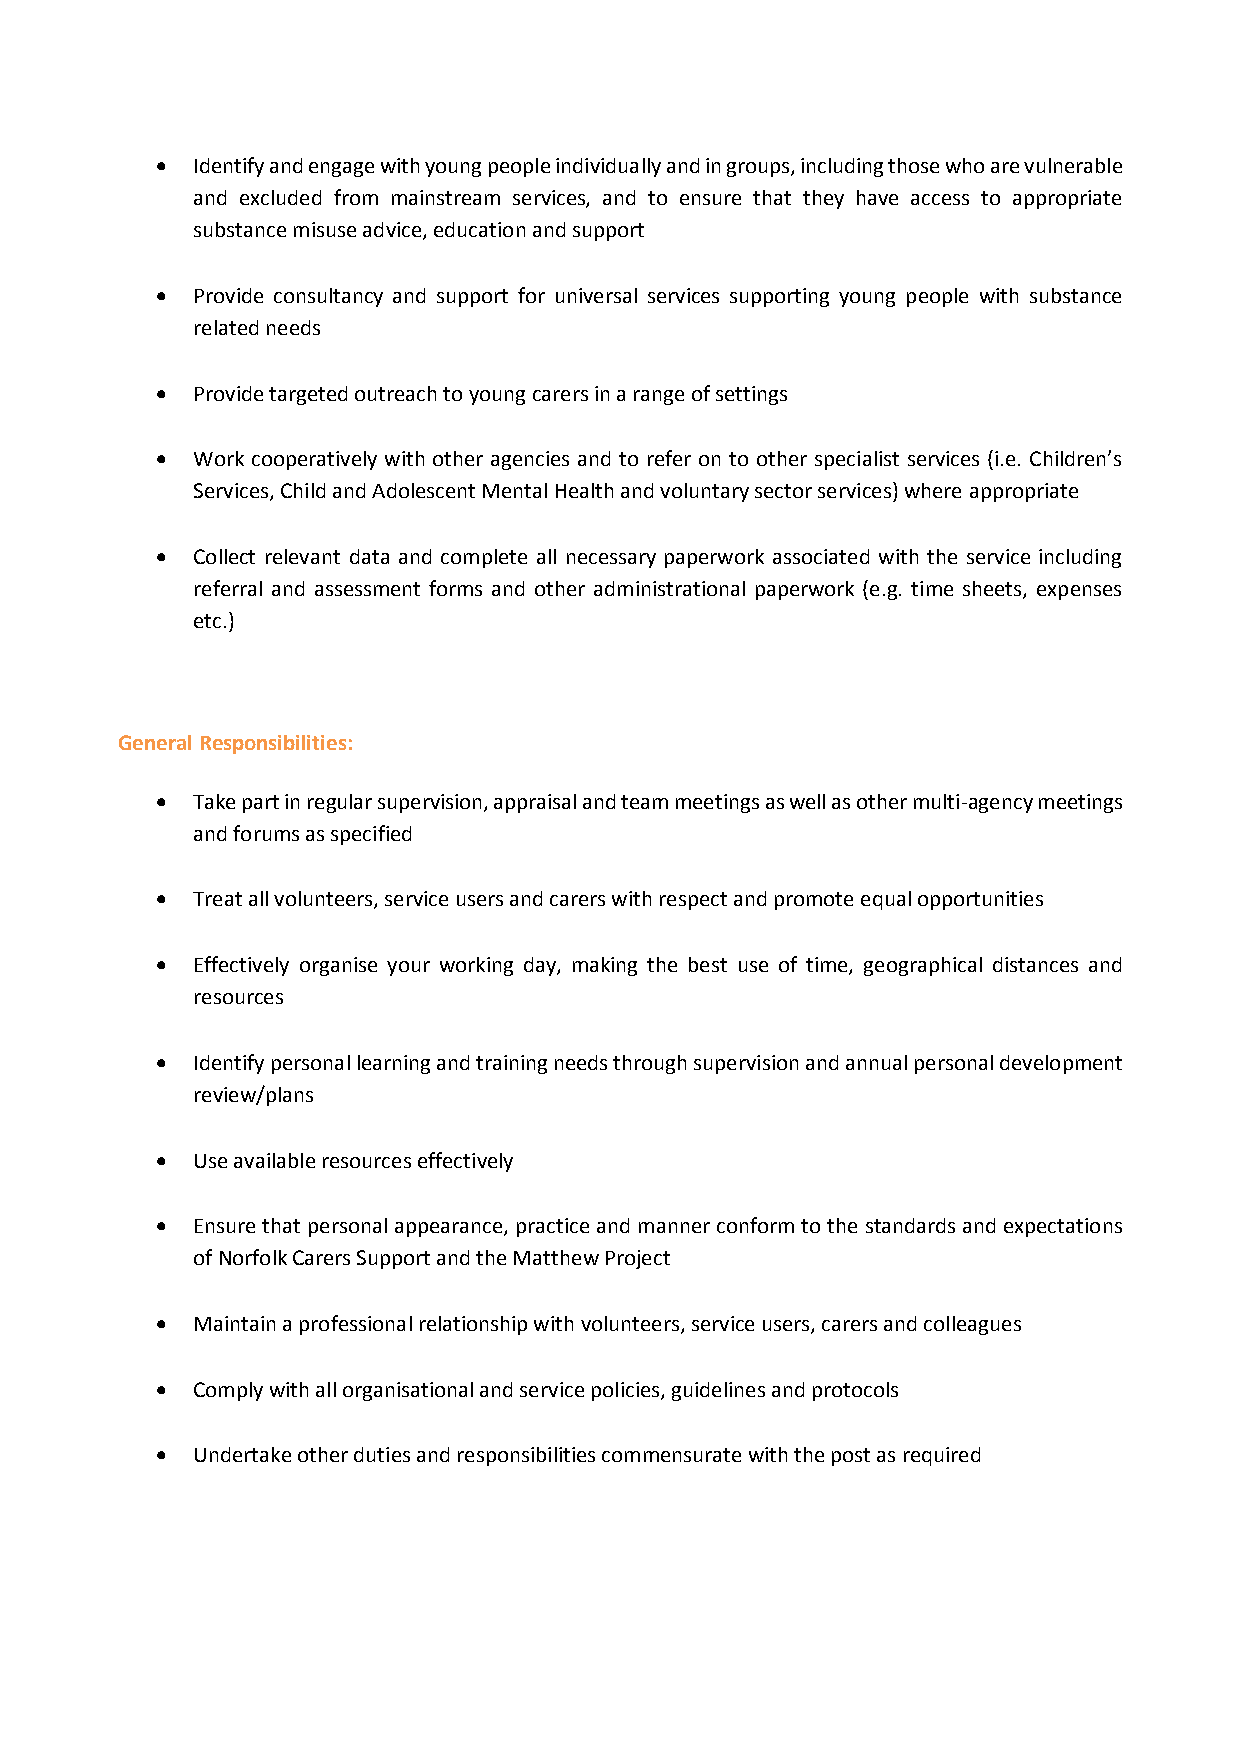
  Identify and engage with young people individually and in groups, including those who are vulnerable
 and excluded from mainstream services, and to ensure that they have access to appropriate
 substance misuse advice, education and support
   Provide consultancy and support for universal services supporting young people with substance
 related needs
   Provide targeted outreach to young carers in a range of settings
   Work cooperatively with other agencies and to refer on to other specialist services (i.e. Children’s
 Services, Child and Adolescent Mental Health and voluntary sector services) where appropriate
   Collect relevant data and complete all necessary paperwork associated with the service including
 referral and assessment forms and other administrational paperwork (e.g. time sheets, expenses
 etc.)
 General Responsibilities:
   Take part in regular supervision, appraisal and team meetings as well as other multi-agency meetings
 and forums as specified
   Treat all volunteers, service users and carers with respect and promote equal opportunities
   Effectively organise your working day, making the best use of time, geographical distances and
 resources
   Identify personal learning and training needs through supervision and annual personal development
 review/plans
   Use available resources effectively
   Ensure that personal appearance, practice and manner conform to the standards and expectations
 of Norfolk Carers Support and the Matthew Project
   Maintain a professional relationship with volunteers, service users, carers and colleagues
   Comply with all organisational and service policies, guidelines and protocols
   Undertake other duties and responsibilities commensurate with the post as required